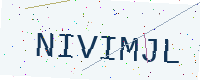
Text: NIVIMJL